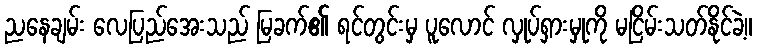
ညနေချမ်း လေပြည်အေးသည် မြခက်၏ ရင်တွင်းမှ ပူလောင် လှုပ်ရှားမှုကို မငြိမ်းသတ်နိုင်ခဲ့။